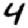
Digit: 4